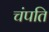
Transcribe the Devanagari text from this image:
चंपति